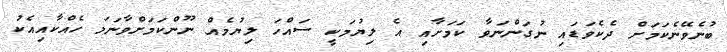
ބުނެވޭނެކަމަށް ދެކެވަޑައި ނުގަންނަވާ ކަމަށާއި އެ ލިޔުމަކީ ސައްހަ ލިޔުމެއް ނޫންކަމަށްވާނަމަ ހެއްކާއިއެކު